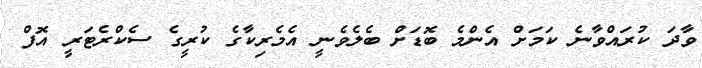
ވާދަ ކުރައްވާނެ ކަމަށް އެންމެ ބޮޑަށް ބެލެވެނީ އެމެރިކާގެ ކުރީގެ ސެކްރެޓަރީ އޮފް